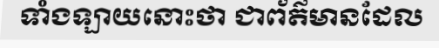
ទាំងឡាយនោះថា ជាព័ត៌មានដែល